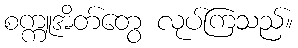
စက္ကူအိတ်တွေ လုပ်ကြသည်။